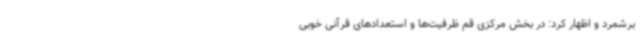
برشمرد و اظهار کرد: در بخش مرکزی قم ظرفیت‌ها و استعدادهای قرآنی خوبی